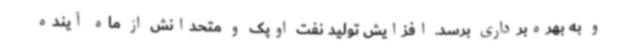
و به بهره‌برداری برسد. افزایش تولید نفت اوپک و متحدانش از ماه آینده